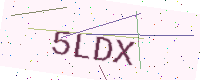
Text: 5LDX